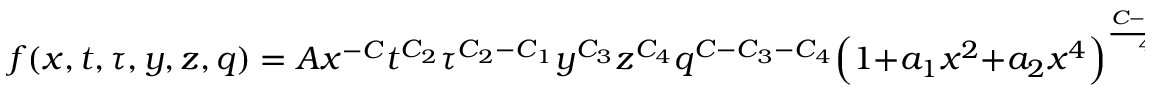
f ( x , t , \tau , y , z , q ) = A x ^ { - C } t ^ { C _ { 2 } } \tau ^ { C _ { 2 } - C _ { 1 } } y ^ { C _ { 3 } } z ^ { C _ { 4 } } q ^ { C - C _ { 3 } - C _ { 4 } } \Bigl ( 1 + a _ { 1 } x ^ { 2 } + a _ { 2 } x ^ { 4 } \Bigr ) ^ { { \frac { C - C _ { 1 } } { 4 } } } ,